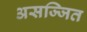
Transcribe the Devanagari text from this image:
असज्जित